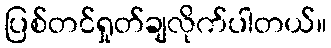
ပြစ်တင်ရှုတ်ချလိုက်ပါတယ်။